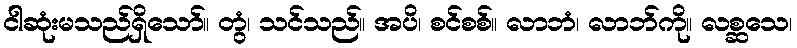
ငါဆုံးမသည်ရှိသော်။ တွံ၊ သင်သည်။ အပိ၊ စင်စစ်။ လာဘံ၊ လာဘ်ကို။ လစ္ဆသေ၊